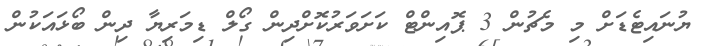
ޔުނައިޓެޑަށް މި މެޗުން 3 ޕޮއިންޓް ކަށަވަރުކޮށްދިން ގޯލް ޑިމަރިޔާ ދިން ބޯޅައަކުން